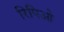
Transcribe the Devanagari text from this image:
रिपिओ